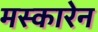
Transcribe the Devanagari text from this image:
मस्कारेन